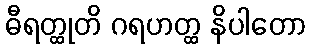
ဓီရတ္ထုတိ ဂရဟတ္ထ နိပါတော